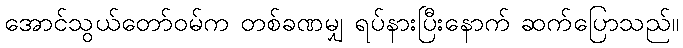
အောင်သွယ်တော်ဝမ်က တစ်ခဏမျှ ရပ်နားပြီးနောက် ဆက်ပြောသည်။